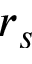
r _ { s }